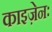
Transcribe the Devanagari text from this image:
काइज़ेनः